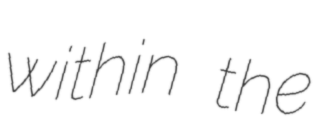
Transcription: within the